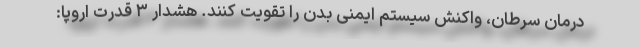
درمان سرطان، واکنش سیستم ایمنی بدن را تقویت کنند. هشدار ۳ قدرت‌ اروپا: